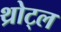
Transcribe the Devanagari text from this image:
थ्रोट्ल